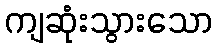
ကျဆုံးသွားသော